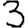
Digit: 3